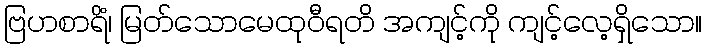
ဗြဟစာရိံ၊ မြတ်သောမေထုဝီရတိ အကျင့်ကို ကျင့်လေ့ရှိသော။